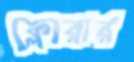
ফ্লোরার